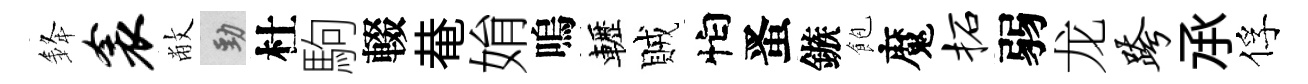
𨦟衾敝勁杜駒輟𤲅姢嗚轣賊怕󱉠鏃飽魔柘弱龙跨𠄘俘